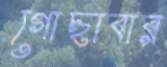
গোছাবার